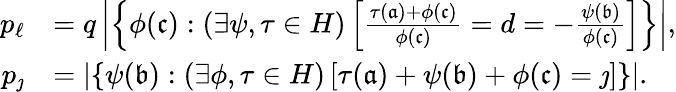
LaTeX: \begin{array}{rl}{p_{\ell}}&{=q\left|\left\{ \phi(\mathfrak{c}):(\exists\psi,\tau\in H)\left[\frac{\tau(\mathfrak{a})+\phi(\mathfrak{c})}{\phi{(\mathfrak{c})}}=d=-\frac{\psi(\mathfrak{b})}{\phi(\mathfrak{c})}\right]\right\} \right|,}\\ {p_{\jmath}}&{=\left|\left\{ \psi(\mathfrak{b}):(\exists\phi,\tau\in H)\left[\tau(\mathfrak{a})+\psi(\mathfrak{b})+\phi(\mathfrak{c})=\jmath\right]\right\} \right|.}\end{array}